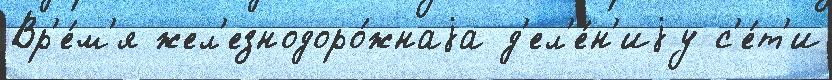
Вр'е́м'я жел'езнодоро́жнаjа д'ел'е́н'иjу с'е́т'и